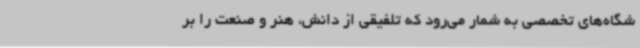
شگاه‌های تخصصی به شمار می‌رود که تلفیقی از دانش، هنر و صنعت را بر